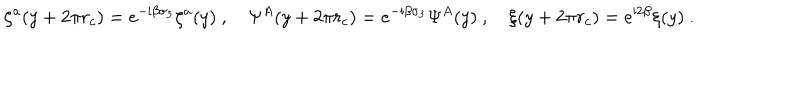
\zeta ^ { a } ( y + 2 \pi r _ { c } ) = e ^ { - \mathrm { i } \beta \sigma _ { 3 } } \zeta ^ { a } ( y ) \ , \quad \Psi ^ { A } ( y + 2 \pi r _ { c } ) = e ^ { - \mathrm { i } \beta \sigma _ { 3 } } \Psi ^ { A } ( y ) \ , \quad \xi ( y + 2 \pi r _ { c } ) = e ^ { \mathrm { i } 2 \beta } \xi ( y ) \ .